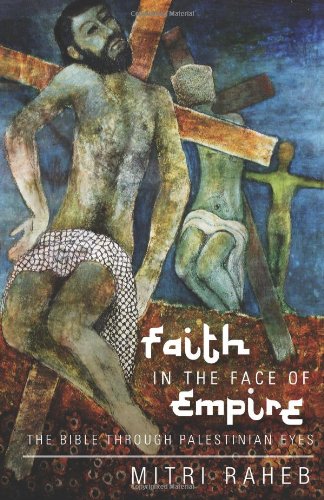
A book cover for Faith in the Face of Empire: The Bible through Palestinian Eyes; Mitri Raheb; History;